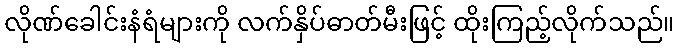
လိုဏ်ခေါင်းနံရံများကို လက်နှိပ်ဓာတ်မီးဖြင့် ထိုးကြည့်လိုက်သည်။